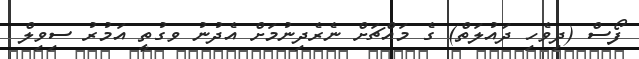
ފޯސް (ދިވެހި ދައުލަތް) ގެ މައްޗަށް ނެރެދިނުމަށް އެދުނު ވގުތީ އަމުރު ސިވިލް